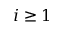
i \ge 1